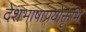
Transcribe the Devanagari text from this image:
देशभाषाप्रयोक्तृभि